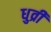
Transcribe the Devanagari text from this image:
धुव्री